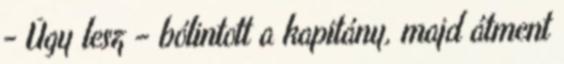
- Úgy lesz – bólintott a kapitány, majd átment